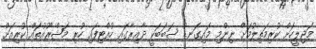
މަޖިލީހަށް ކުރިމަތިލުމަށް ނިންމި މައިގަނޑު ސަބަބަކީ ދާއިރާގައި ހުއްޓިފައި ހުރި މަޝްރޫއުތައް ކުރިއަށް